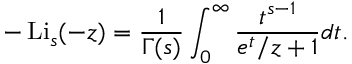
- \operatorname { L i } _ { s } ( - z ) = { \frac { 1 } { \Gamma ( s ) } } \int _ { 0 } ^ { \infty } { \frac { t ^ { s - 1 } } { e ^ { t } / z + 1 } } d t .